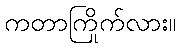
ကတာကြိုက်လား။